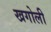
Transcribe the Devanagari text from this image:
खगोली